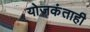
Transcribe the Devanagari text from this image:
योजकंताही